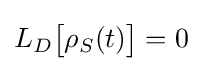
L_{D}{\big [}\rho _{S}(t){\big ]}=0